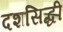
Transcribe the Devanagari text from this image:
दशसिद्धी